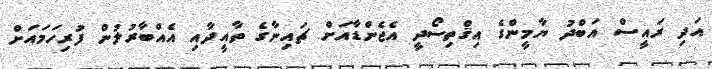
އަދި ރައީސް އަބްދު ޔާމީންގެ އިޤްތިސޯދީ އެޖެންޑާއަށް ޗައިނާގެ ތާއީދާއި އެއްބާރުލުން ފުރިހަމައަށް